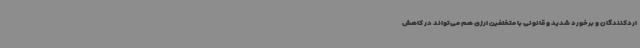
اردکنندگان و برخورد شدید و قانونی با متخلفین ارزی هم می‌تواند در کاهش